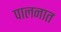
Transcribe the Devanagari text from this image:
पालनात